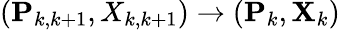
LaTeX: (\mathbf{P}_{k,k+1},X_{k,k+1})\to(\mathbf{P}_{k},\mathbf{X}_{k})